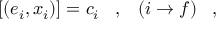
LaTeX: [ ( e _ { i } , x _ { i } ) ] = c _ { i } \; \; \; , \; \; \; ( i \rightarrow f ) \; \; \; ,